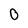
Character: 0